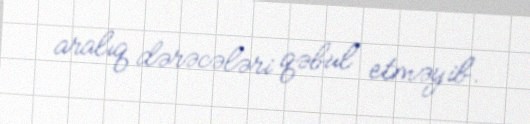
aralıq dərəcələri qəbul etməyib.